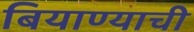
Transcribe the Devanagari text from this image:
बियाण्याची